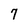
Character: 7